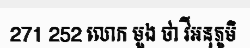
271 252 លោក មួង ថា វីអនុភូមិ